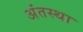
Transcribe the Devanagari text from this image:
अंंतस्था